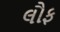
લૌફ